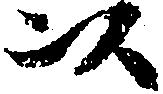
以